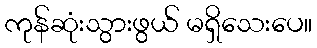
ကုန်ဆုံးသွားဖွယ် မရှိသေးပေ။